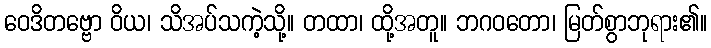
ဝေဒိတဗ္ဗော ဝိယ၊ သိအပ်သကဲ့သို့။ တထာ၊ ထို့အတူ။ ဘဂဝတော၊ မြတ်စွာဘုရား၏။